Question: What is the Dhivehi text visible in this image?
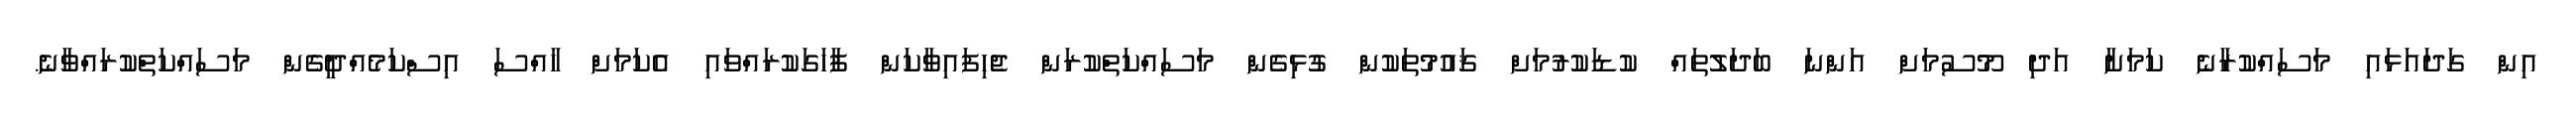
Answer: އިން ގަދައަޅައި މަސައްކުރާނެ ކަމަށާ އަދި މޫސުމަށް އަންނަ ބަދަލުތައް ކުޑަކުރުމަށް ޤައުމުތަކުން ގުޅިގެން މަސައްކަތްކުރަން ޖެހިފައިވާކަން ފާހަގަކުރައްވައި އެކަމަށް ހާއްސަ އިސްކަމެއްދީގެން މަސައްކަތްކުރައްވާނެ.